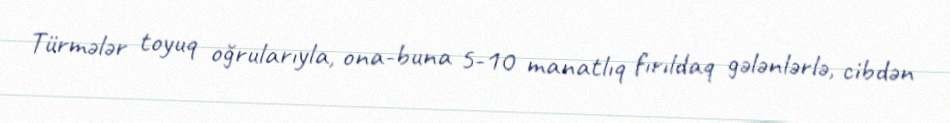
Türmələr toyuq oğrularıyla, ona-buna 5-10 manatlıq fırıldaq gələnlərlə, cibdən